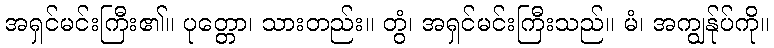
အရှင်မင်းကြီး၏။ ပုတ္တော၊ သားတည်း။ တွံ၊ အရှင်မင်းကြီးသည်။ မံ၊ အကျွန်ုပ်ကို။